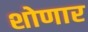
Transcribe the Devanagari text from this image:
शोणार